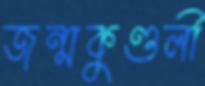
জন্মকুণ্ডলী